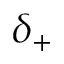
\delta _ { + }